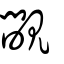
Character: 覸